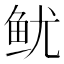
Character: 鱿